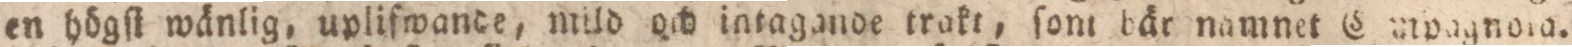
en högſt wänlig, uplifwande, mild och intagande trakt, ſom bär namnet Comoagnolo.